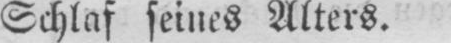
Schlaf seines Alters.